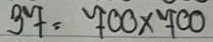
37 = 700x700